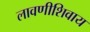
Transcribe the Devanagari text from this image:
लावणीशिवाय